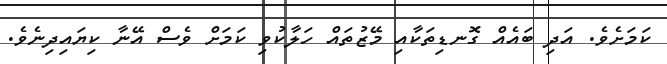
ކަމަށެވެ. އަދި ބައެއް ގޮނޑިތަކާއި މޭޒުތައް ހަލާކުވި ކަމަށް ވެސް އޭނާ ކިޔައިދިނެވެ.